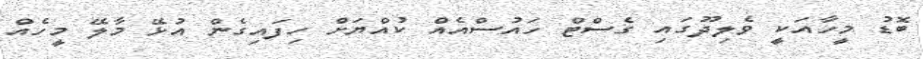
ބޮޑު މީހާއަކީ ވެލިދޫގައި ގެސްޓް ހައުސްއެއް ކުއްޔަށް ހިފައިގެން އުޅޭ މާލޭ މީހެއް